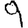
Digit: 9